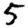
Digit: 5